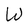
Character: e